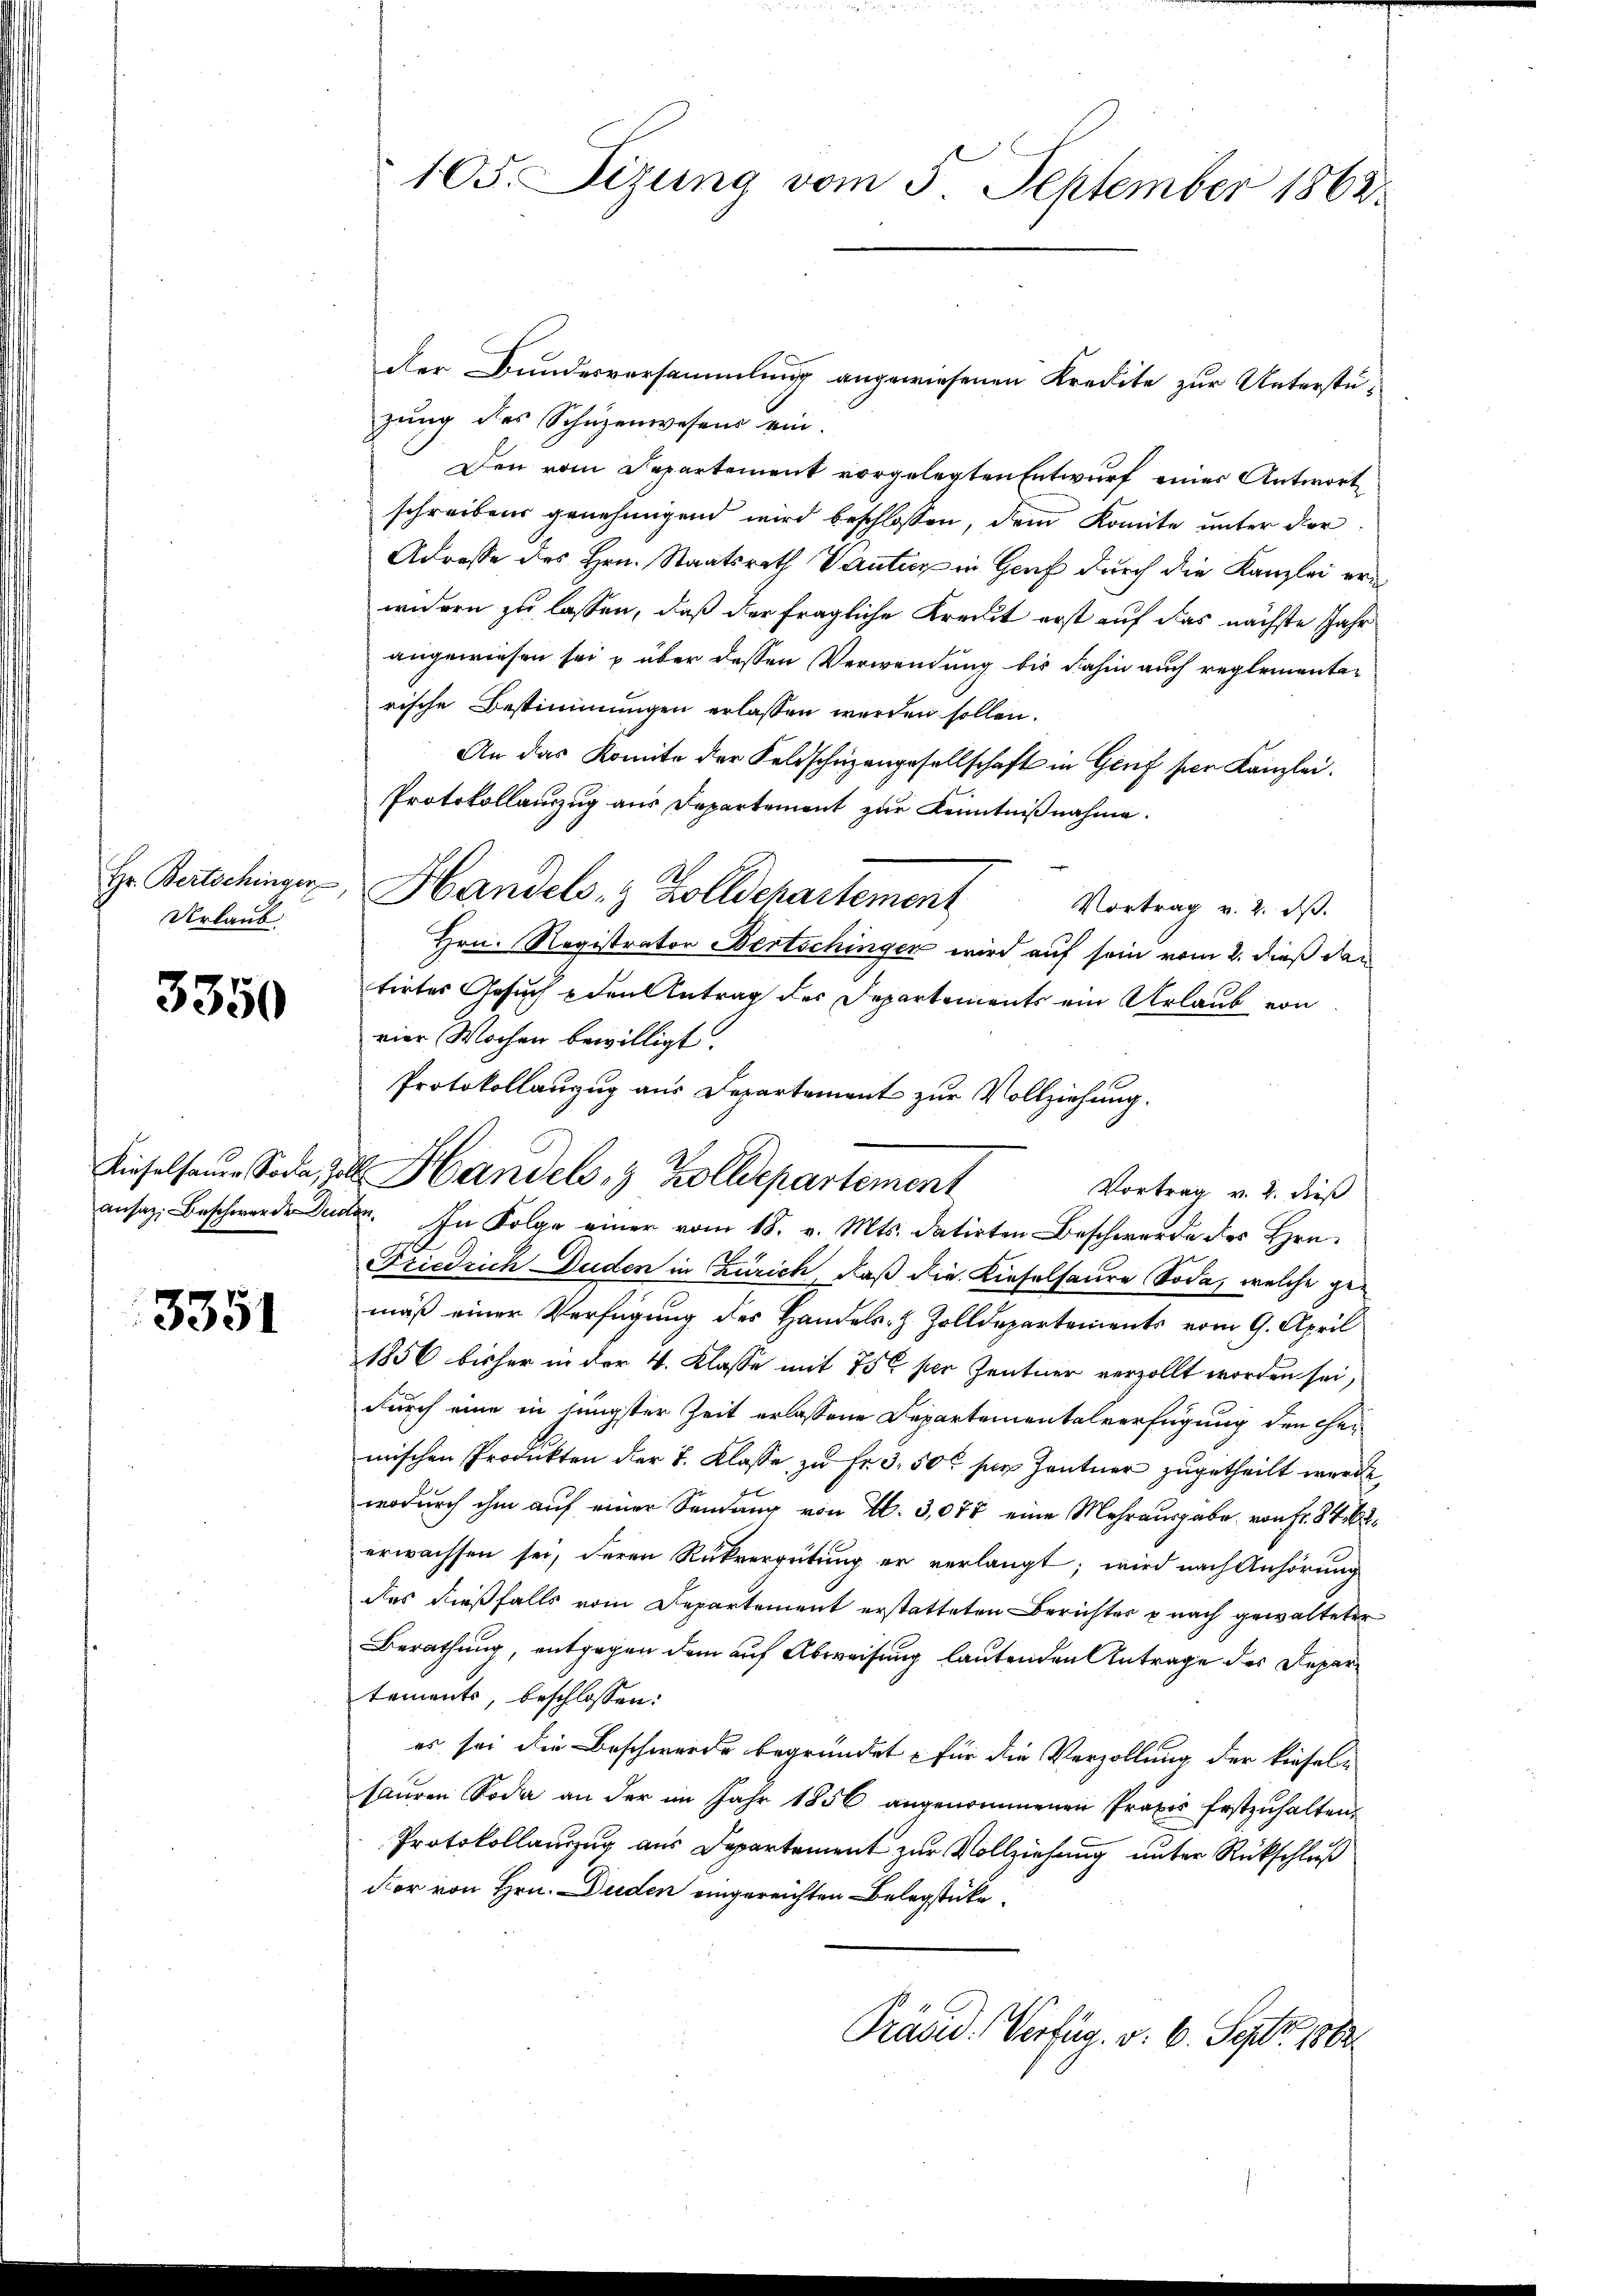
Hr. Bertschinger
Urlaub

3350

ansaz, Beschwerde Dei

3351

105. Seizung vom 5. September 1862.

der Bundesversammlung angewiesenen Kredite zur Unterstüzung des Schüzenwesens ein.
Den vom Departement vorgelegten Entwurf eines Antwort
schreiben genehmigend wird beschlossen, dem Komite unter der
Adresse des Hrn. Staatsrath Vantur in Genf durch die Kanzlei erin
widern zu lassen, daß der fragliche Kreut erst auf das nächste Jahr
angewiesen sei & über dessen Verwendung bis dahin auch reglementarische Bestimmungen erlassen werden sollen.
An das Komite der Feldschüzengesellschaft in Genf der Kanzlei.
Protokollauszug aus Departement zur Kenntnißnahme.
Handels- & Zolldchartement
Vortrag v. 2. dβ.
Hrn. Registrator Bertschingen wird auf sein vom 2. dieß den
tirtes Gesuch den Antrag der Departements ein Urlaub von
vier Wochen bewilligt.
Protokollanzug aus Departement zur Vollziehung.
B. In Folge einer vom 18. v. Mts. datirten Beschwerde des Hrn.
Friedrich Duden in Zürich, daß die Kieselsaure Soda, welche gemäß einer Verfügung des Handels- & Zolldepartements vom 9. April
1856 bisher in der 4. Klasse mit 756 per Zentner verzollt worden sei,
durch eine in jüngster Zeit erlassene Departementalverfügung den Ehemischen Produkten der I. Klasse zu Fr. 350 für Zentner zugetheilt werde
wodurch ihm auf einer Sendung von H. 3,077 eine Mehrausgabe von Fr. 84. 62
erwachsen sei, deren Rückvergütung er verlangt; wird nach Anhörung
das dießfalls vom Departement erstatteten Berichter nach gewalteter
Berathung, entgegen dem auf Abweisung lautenden Antrage des Departements, beschlossen:
es sei die Beschwerde begründet, für die Verzollung der kiesel-
sauren Soda an der im Jahr 1856 angenommenen Praxis festzuhalten,
Protokollanzug aus Departement zur Vollziehung unter Rückschluß
dor von Hrn. Duden eingereichten Belegstücke,
Präsid. Verfüg. v. 6. Sept. 1882

Lieselsen. Soda, zoll Handels, 3 Zolldepartement
Vortrag v. 2. dieß